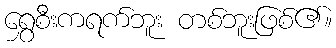
ရွှေစီးကရက်ဘူး တစ်ဘူးဖြစ်၏။